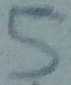
Text: 5